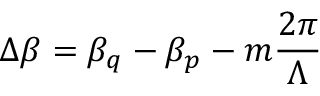
\Delta \beta = \beta _ { q } - \beta _ { p } - m \frac { 2 \pi } { \Lambda }